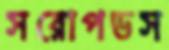
সরোপডস